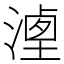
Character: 𣻶